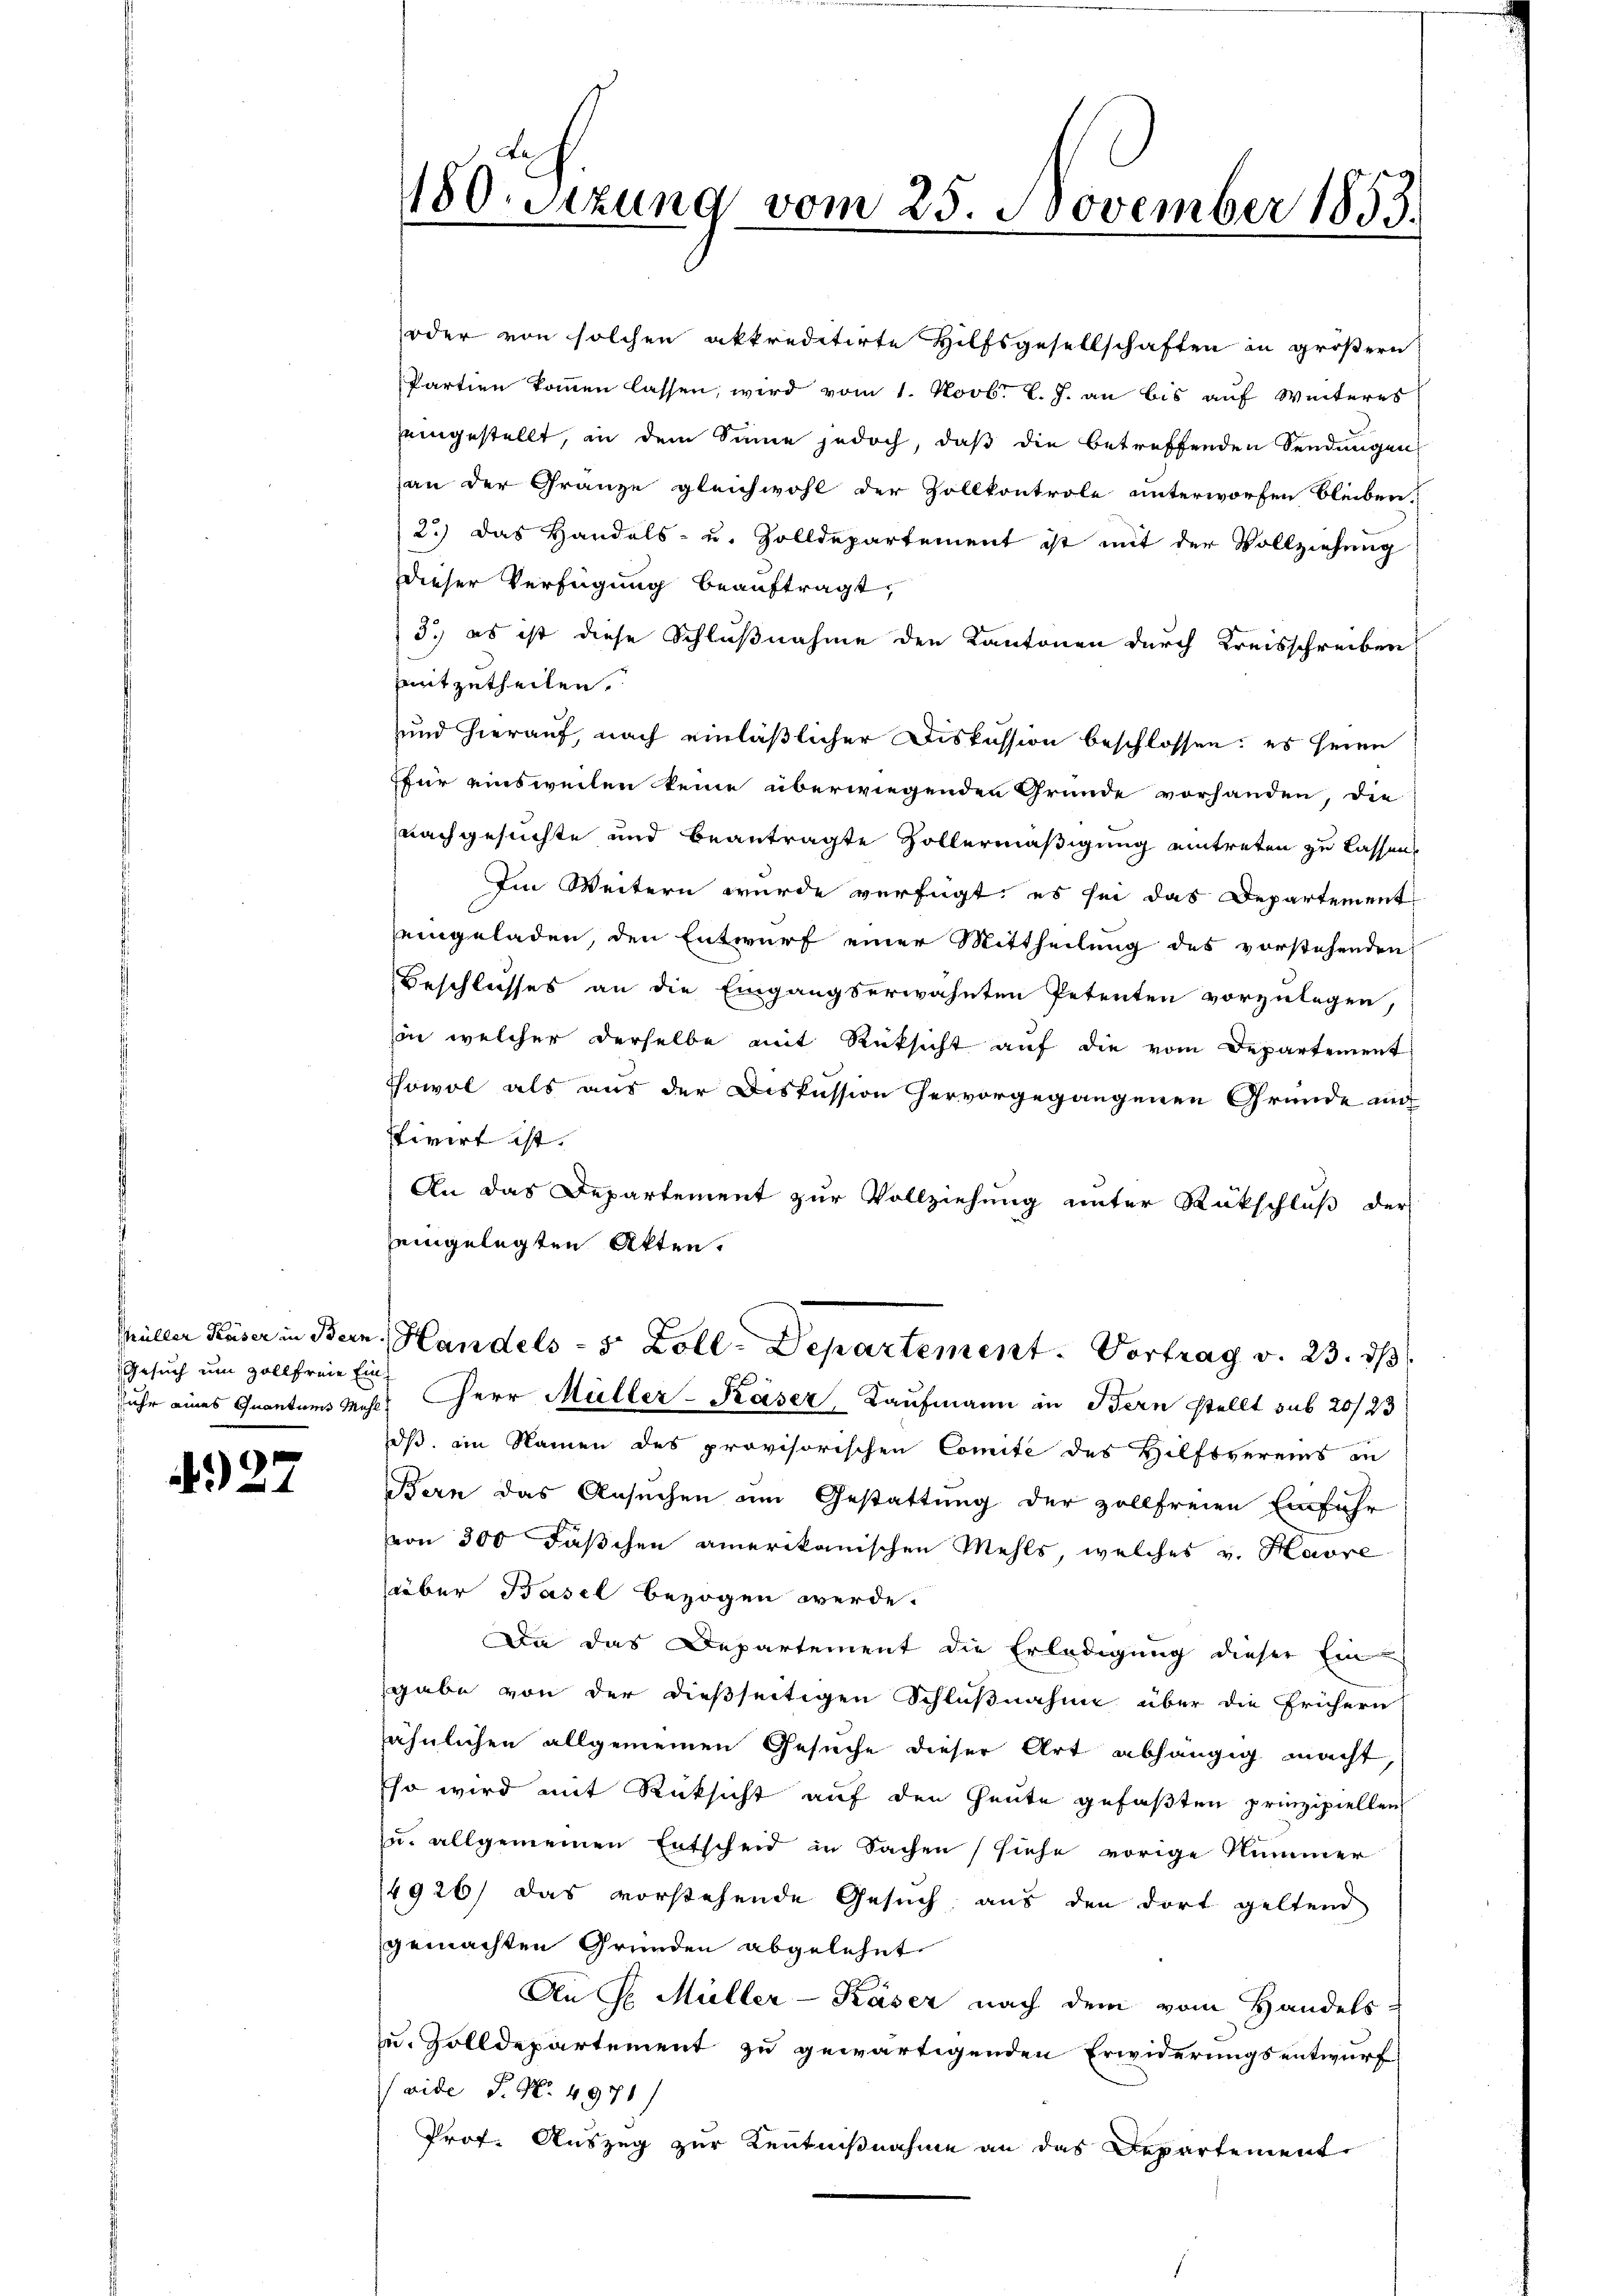
Gesuch um Zollfreie Ein¬

0

oder von solchen akkreditirte Hilfsgesellschaften in größern
Partien kommen lassen, wird vom 1. Novbr. l. J. an bis auf Weiteres
eingestellt, in dem Sinne jedoch, daß die betreffenden Sendungen
an der Gränze gleichwohl der Zollkontrole unterworfen bleiben,
2.) Das Handels- u. Zolldepartement ist mit der Vollziehung
dieser Verfügung beauftragt,
3.) es ist diese Schlußnahme den Kantonen durch Kreisschreiben
mitzutheilen.
und hierauf, nach einläßlicher Diskussion beschlossen: es seien
ffür einsweilen keine überwiegenden Grunde vorhanden, die
nachgesuchte und beantragte Zollermäßigung eintreten zu lassens
Im Weitern wurde verfügt, es sei das Departement
eingeladen, den Entwurf einer Mittheilung des vorstehenden
Beschlusses an die Eingangserwähnten Petenten vorzulegen,
in welcher derselbe mit Rücksicht auf die vom Departement
sowol als aus der Diskussion hervorgegangenen Gründe mit
tivirt ist.
An das Departement zur Vollziehung unter Rückschluß der
eingelegten Akten.
Müller Huser in Bern, Handels - 5 Zoll-Departement. Vortrag v. 23. ds.
suhr eines Quantums Mehl, Herr Müller-Kaser Kaufmann in Bern stellt sub 20/23
oß, im Namen des provisorischen Comite des Hilfsvereins in
Bern das Ansuchen im Gestattung der zollfreien Einfuhr
von 300 Fäschen amerikanischen Mehls, welches v. Havre
über Basel bezogen werde.
Da das Departement die Erledigung dieser Ein-
gabe von der dießseitigen Schlußnahme über die frühern
sähnlichen allgemeinen Gesuche dieser Art abhängig macht
Eso wird mit Rücksicht auf den Heute gefaßten prinzipiellen
u. allgemeinen Entscheid in Sachen (siehe vorige Nummer
4926) das vorstehende Gesuch aus den dort geltend
gemachten Gründen abgelehnt
An Hr. Müller-Käser nach dem vom Handels-
zu. Zolldepartement zu gewärtigenden Erwiderungsentwurf
vide P. Nr. 4971
Prof. Auszug zur Kenntnißnahme an das Departement

150sezung vom 25. November 1853.